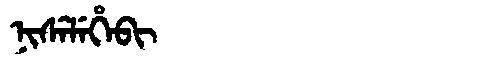
Manchu: ᠨᡳᠰᡝᠯᡝᡥᡝᠪᡳ
Romanization: NISELEHEBI